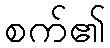
စက်၏